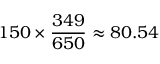
1 5 0 \times { \frac { 3 4 9 } { 6 5 0 } } \approx 8 0 . 5 4